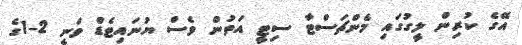
އޭގެ ކުރިން ލީގުގައި މެންޗަސްޓާ ސިޓީ އަތުން ވެސް ޔުނައިޓެޑް ވަނީ 2-1ގެ